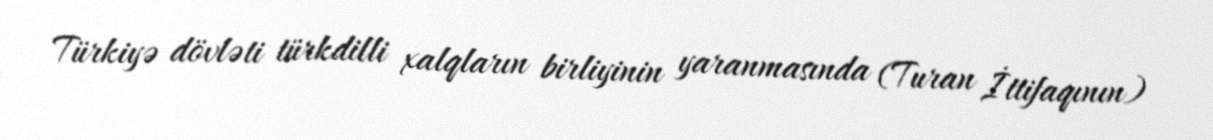
Türkiyə dövləti türkdilli xalqların birliyinin yaranmasında (Turan İttifaqının)